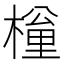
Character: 𣙚